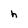
Character: h